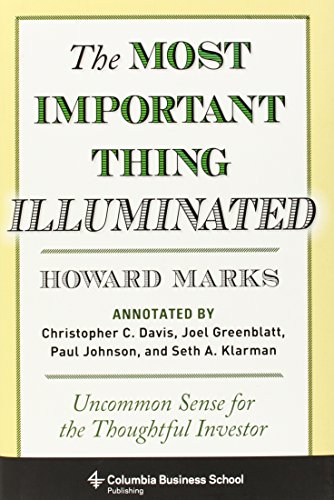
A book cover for The Most Important Thing Illuminated: Uncommon Sense for the Thoughtful Investor (Columbia Business School Publishing); Howard Marks; Business & Money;